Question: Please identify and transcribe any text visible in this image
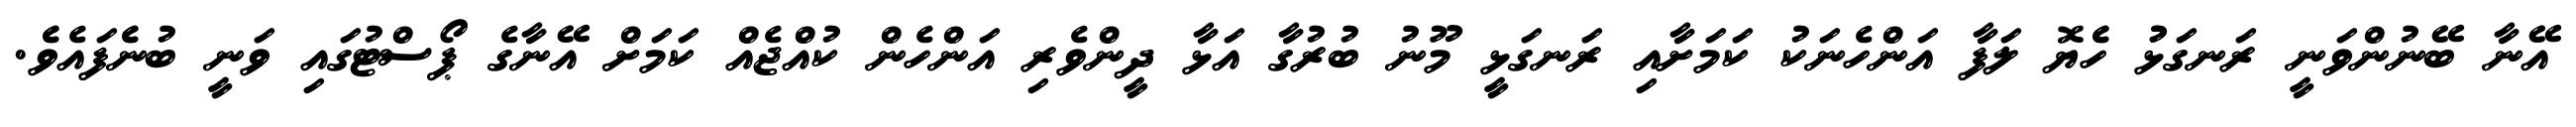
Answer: އޭނާ ބޭނުންވަނީ ރަނގަޅުު ހެެޔޮ ލަފާ އަންހެނަކު ކަމަށާއި ރަނގަޅީ މޫނު ބުރުގާ އަޅާ ދީންވެރި އަންހެން ކުއްޖެއް ކަމަށް އޭނާގެ ޕޯސްޓުގައި ވަނީ ބުނެެފައެވެެ.